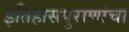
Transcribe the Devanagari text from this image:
इतिहासपुराणांचा